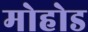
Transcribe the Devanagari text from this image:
मोहोड